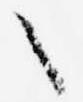
々